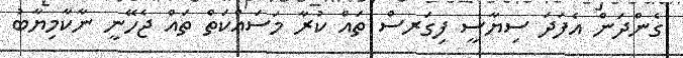
ގެންދަން އެފަދަ ސިޔާސީ ފިގަރސް ތައް ކުރާ މަސައްކަތް ތައް ޖެހޭނީ ނާކާމިޔާބު